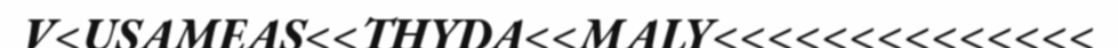
V<USAMEAS<<THYDA<<MALY<<<<<<<<<<<<<<